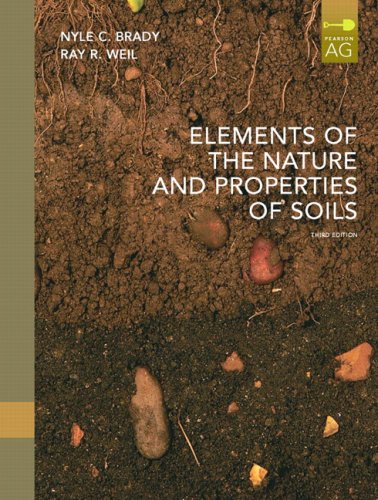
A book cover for Elements of the Nature and Properties of Soils (3rd Edition); Nyle C. Brady; Science & Math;